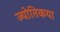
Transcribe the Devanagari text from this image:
ज्‍योतिकया